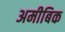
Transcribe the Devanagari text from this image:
अमीबिक